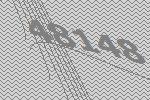
48148